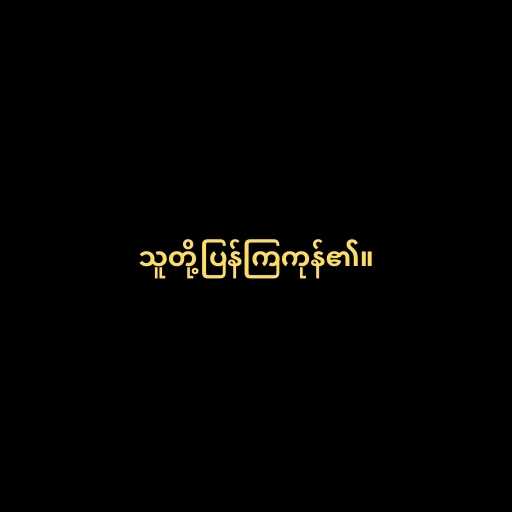
သူတို့ပြန်ကြကုန်၏။